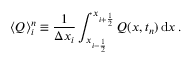
\langle Q \rangle _ { i } ^ { n } \equiv \frac { 1 } { \Delta x _ { i } } \int _ { x _ { i - \frac { 1 } { 2 } } } ^ { x _ { i + \frac { 1 } { 2 } } } Q ( x , t _ { n } ) \, \mathrm { d } x \, .